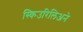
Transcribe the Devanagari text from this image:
स्किउरिलिअने